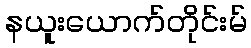
နယူးယောက်တိုင်းမ်